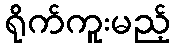
ရိုက်ကူးမည့်